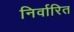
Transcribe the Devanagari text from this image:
निर्वारित